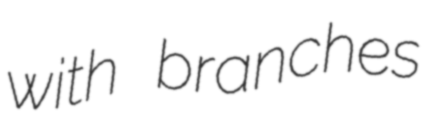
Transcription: with branches